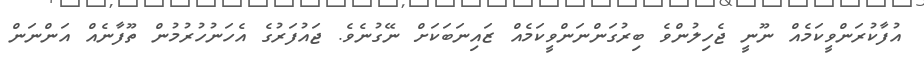
އުފާކުރަންވީކަމެއް ނޫނީ ޖެހިލުންވެ ބިރުގަންނަންވީކަމެއް ޒައިނަބަކަށް ނޭގުނެވެ. ޖައުފަރުގެ އެހަނުހުރުމުން ތޫފާނެއް އަންނަން